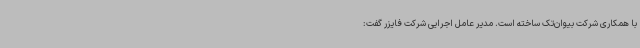
با همکاری شرکت بیوان‌تک ساخته است. مدیر عامل اجرایی شرکت فایزر گفت: